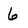
Character: 6